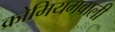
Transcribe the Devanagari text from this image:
क्रोमियमवाली